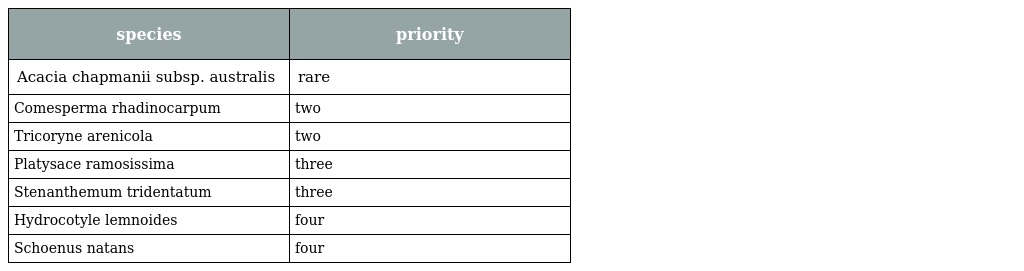
| species | priority |
 | --- | --- |
 | Acacia chapmanii subsp. australis | rare |
 | Comesperma rhadinocarpum | two |
 | Tricoryne arenicola | two |
 | Platysace ramosissima | three |
 | Stenanthemum tridentatum | three |
 | Hydrocotyle lemnoides | four |
 | Schoenus natans | four |